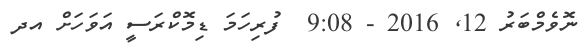
ނޮވެމްބަރު 12